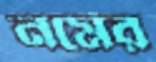
নর্মের